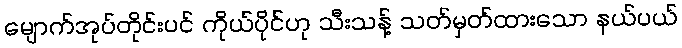
မျောက်အုပ်တိုင်းပင် ကိုယ်ပိုင်ဟု သီးသန့် သတ်မှတ်ထားသော နယ်ပယ်